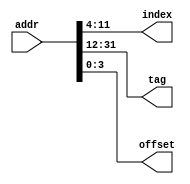
module addr_parse #
    (
        parameter BYTES_PER_LINE = 16,
        parameter NUM_LINE = 256,

        parameter OFFSET_WIDTH = $clog2(BYTES_PER_LINE),
        parameter INDEX_WIDTH = $clog2(NUM_LINE),
        parameter TAG_WIDTH = 32 - OFFSET_WIDTH - INDEX_WIDTH
    )
    (
        input [31:0] addr,
        output [INDEX_WIDTH-1:0] index,
        output [TAG_WIDTH-1:0] tag,
        output [OFFSET_WIDTH-1:0] offset
    );
    assign index = addr[(31-TAG_WIDTH)-:INDEX_WIDTH];
    assign tag = addr[31-:TAG_WIDTH];
    assign offset = addr[0+:OFFSET_WIDTH];
endmodule